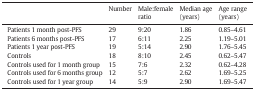
<table><thead><tr><td></td><td><b>Number</b></td><td><b>Male:female ratio</b></td><td><b>Median age (years)</b></td><td><b>Age range (years)</b></td></tr></thead><tbody><tr><td>Patients 1 month post-PFS</td><td>29</td><td>9:20</td><td>1.86</td><td>0.85–4.61</td></tr><tr><td>Patients 6 months post-PFS</td><td>17</td><td>6:11</td><td>2.25</td><td>1.19–5.01</td></tr><tr><td>Patients 1 year post-PFS</td><td>19</td><td>5:14</td><td>2.90</td><td>1.76–5.45</td></tr><tr><td>Controls</td><td>18</td><td>8:10</td><td>2.45</td><td>0.62–5.47</td></tr><tr><td>Controls used for 1 month group</td><td>15</td><td>7:6</td><td>2.32</td><td>0.62–4.28</td></tr><tr><td>Controls used for 6 months group</td><td>12</td><td>5:7</td><td>2.62</td><td>1.69–5.25</td></tr><tr><td>Controls used for 1 year group</td><td>14</td><td>5:9</td><td>2.90</td><td>1.69–5.47</td></tr></tbody></table>